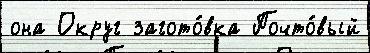
она Округ загото́вка Почто́вый